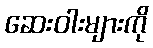
ဆေးဝါးများကို